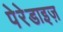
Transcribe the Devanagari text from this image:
पेरेडाइज़